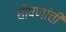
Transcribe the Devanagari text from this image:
घोषणांची